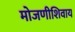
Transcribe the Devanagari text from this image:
मोजणीशिवाय